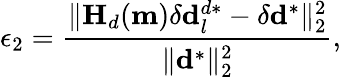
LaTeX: \epsilon_{2}=\frac{\| \mathbf{H}_{d}(\mathbf{m})\delta\mathbf{d}_{l}^{d*}-\delta\mathbf{d}^{*}\| _{2}^{2}}{\| \mathbf{d}^{*}\| _{2}^{2}},